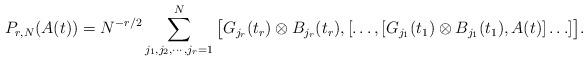
LaTeX: \begin{align*}P_{r,N}(A(t)) = N^{-r/2} \sum_{j_1, j_2, \cdots, j_r =1}^N \big[G_{j_r} (t_r) \otimes B_{j_r}(t_r),[\ldots,[G_{j_1} (t_1) \otimes B_{j_1}(t_1), A(t)]\ldots ]\big].\end{align*}